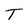
Character: T